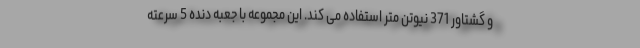
و گشتاور 371 نیوتن متر استفاده می کند. این مجموعه با جعبه دنده 5 سرعته